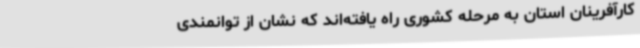
کارآفرینان استان به مرحله کشوری راه یافته‌اند که نشان از توانمندی